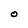
Character: O